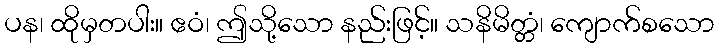
ပန၊ ထိုမှတပါး။ ဧဝံ၊ ဤသို့သော နည်းဖြင့်။ သနိမိတ္တံ၊ ကျောက်စသော